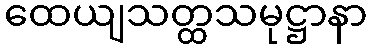
ထေယျသတ္ထသမုဋ္ဌာနာ